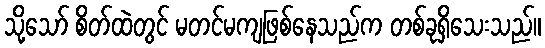
သို့သော် စိတ်ထဲတွင် မတင်မကျဖြစ်နေသည်က တစ်ခုရှိသေးသည်။